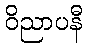
ဝိညာပနီ